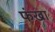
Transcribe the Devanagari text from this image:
फंखा